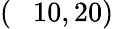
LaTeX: (\phantom{-}10,20)